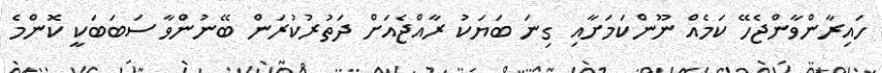
ހައިރާންވާންޖެހޭ ކަމެއް ނޫންކަމަށާއި ގިނަ ބަޔަކު ރާއްޖެއަށް ދަތުރުކުރަން ބޭނުންވާ ސަބަބަކީ ކޮންމެ